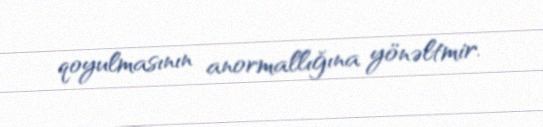
qoyulmasının anormallığına yönəltmir.